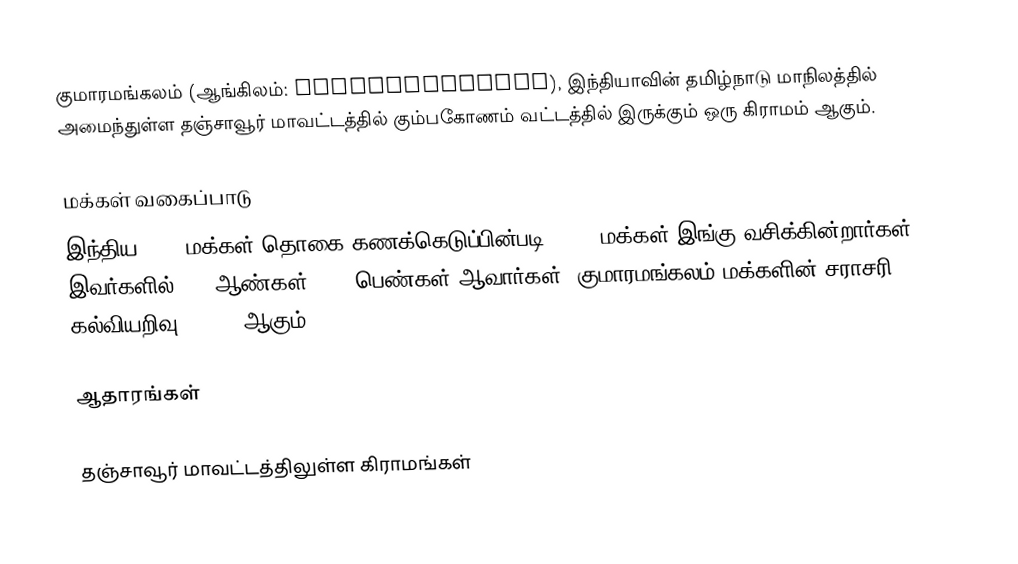
குமாரமங்கலம்  (ஆங்கிலம்: Kumaramangalam), இந்தியாவின் தமிழ்நாடு மாநிலத்தில் அமைந்துள்ள தஞ்சாவூர் மாவட்டத்தில்   கும்பகோணம் வட்டத்தில் இருக்கும்  ஒரு கிராமம் ஆகும்.

மக்கள் வகைப்பாடு
இந்திய 2001 மக்கள் தொகை கணக்கெடுப்பின்படி 1,315 மக்கள் இங்கு வசிக்கின்றார்கள்.  இவர்களில் 676 ஆண்கள், 636 பெண்கள் ஆவார்கள். குமாரமங்கலம் மக்களின் சராசரி கல்வியறிவு 72.69% ஆகும்.

ஆதாரங்கள்

தஞ்சாவூர் மாவட்டத்திலுள்ள கிராமங்கள்